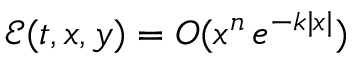
{ \mathcal E } ( t , x , y ) = O ( x ^ { n } \, e ^ { - k | x | } )